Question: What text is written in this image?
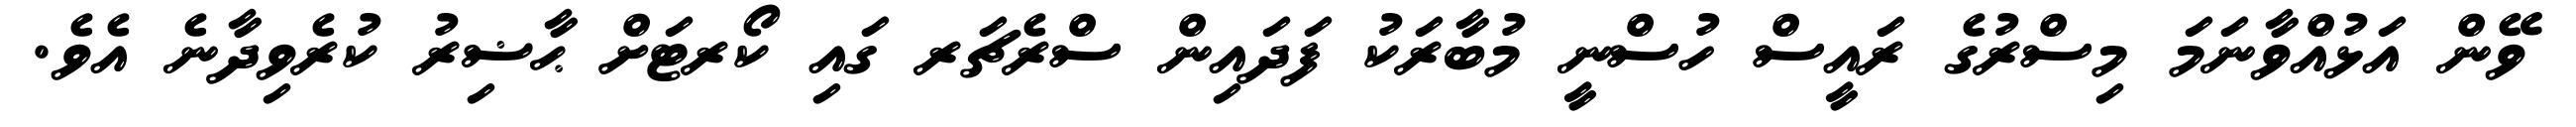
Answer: ވޭން އަޅުއްވާނަމަ މިސްރުގެ ރައީސް ހުސްނީ މުބާރަކު ފަދައިން ސްރެޗަރ ގައި ކޯރޓަށް ޙާޟިރު ކުރެވިދާނެ އެވެ.